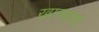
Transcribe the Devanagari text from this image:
खाल्याचा